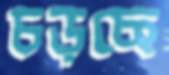
চড়ছে